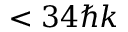
< 3 4 \hbar k